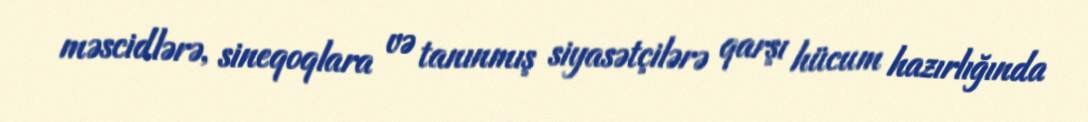
məscidlərə, sineqoqlara və tanınmış siyasətçilərə qarşı hücum hazırlığında